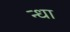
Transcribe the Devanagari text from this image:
न्धा